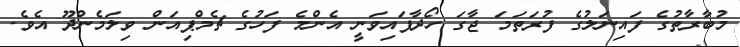
މުބާރާތުގެ ފައިނަލުގެ ފުރަތަމަ ޖާގަ ހޯދާފައިވަނީ އެންމެ ފަހުގެ ޗެމްޕިއަން ވިލަމެންދޫ އެވެ.